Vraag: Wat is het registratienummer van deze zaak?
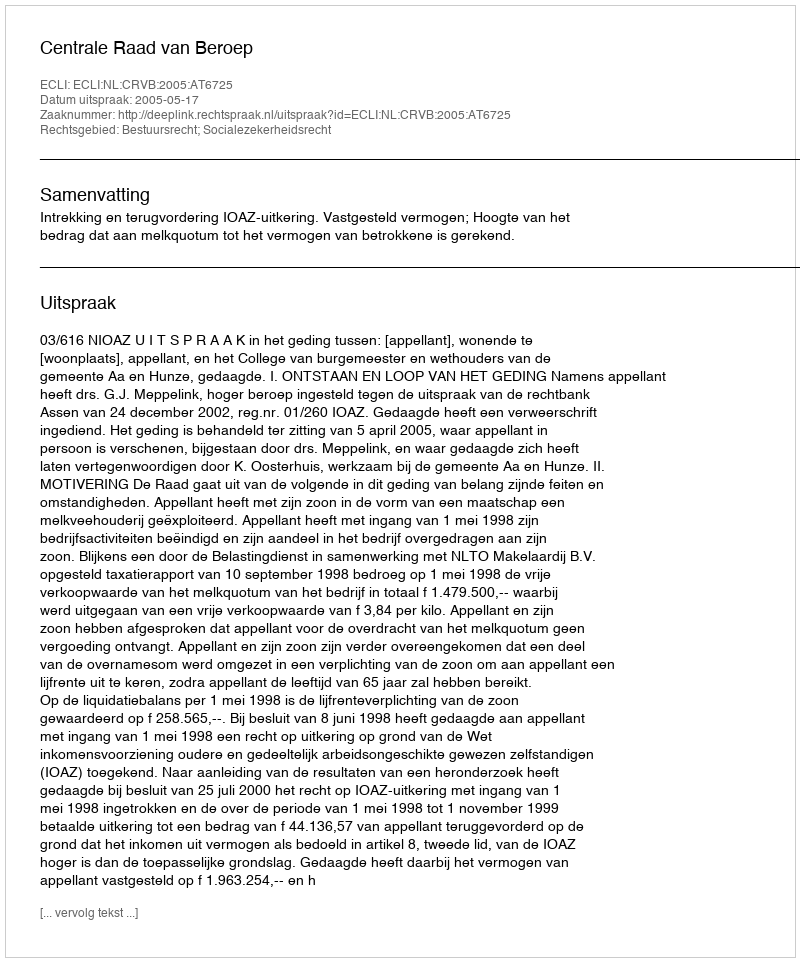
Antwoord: http://deeplink.rechtspraak.nl/uitspraak?id=ECLI:NL:CRVB:2005:AT6725